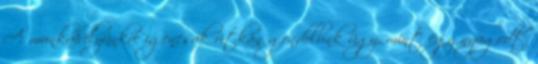
A munkahelyünkre igencsak ritkán gondolunk úgy, mint egy nyugodt,